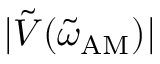
| \tilde { V } ( \tilde { \omega } _ { \mathrm { A M } } ) |